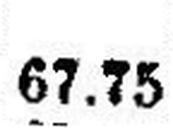
67.75